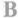
3.不少于5句；